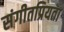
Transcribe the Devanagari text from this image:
संगीतप्रियता